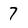
Character: 7